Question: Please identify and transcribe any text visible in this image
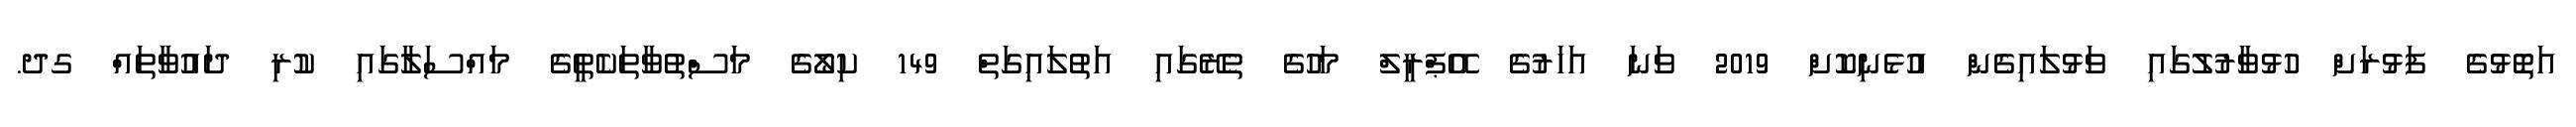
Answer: އަތޮޅުގެ ފަޅުރަށް ހުޅުވާރުލުގައި ވަޅުލައިގެން އުޅެނިކޮށް 2019 ވަނަ އަހަރުގެ އޭޕްރީލް މަހުގެ ތެރޭގައި އަތުލައިގަތް 149 ކިލޯގެ މަސްތުވާތަކެތީގެ މައްސަލާގައި ކުރި ދައުވާތައް ގދ.